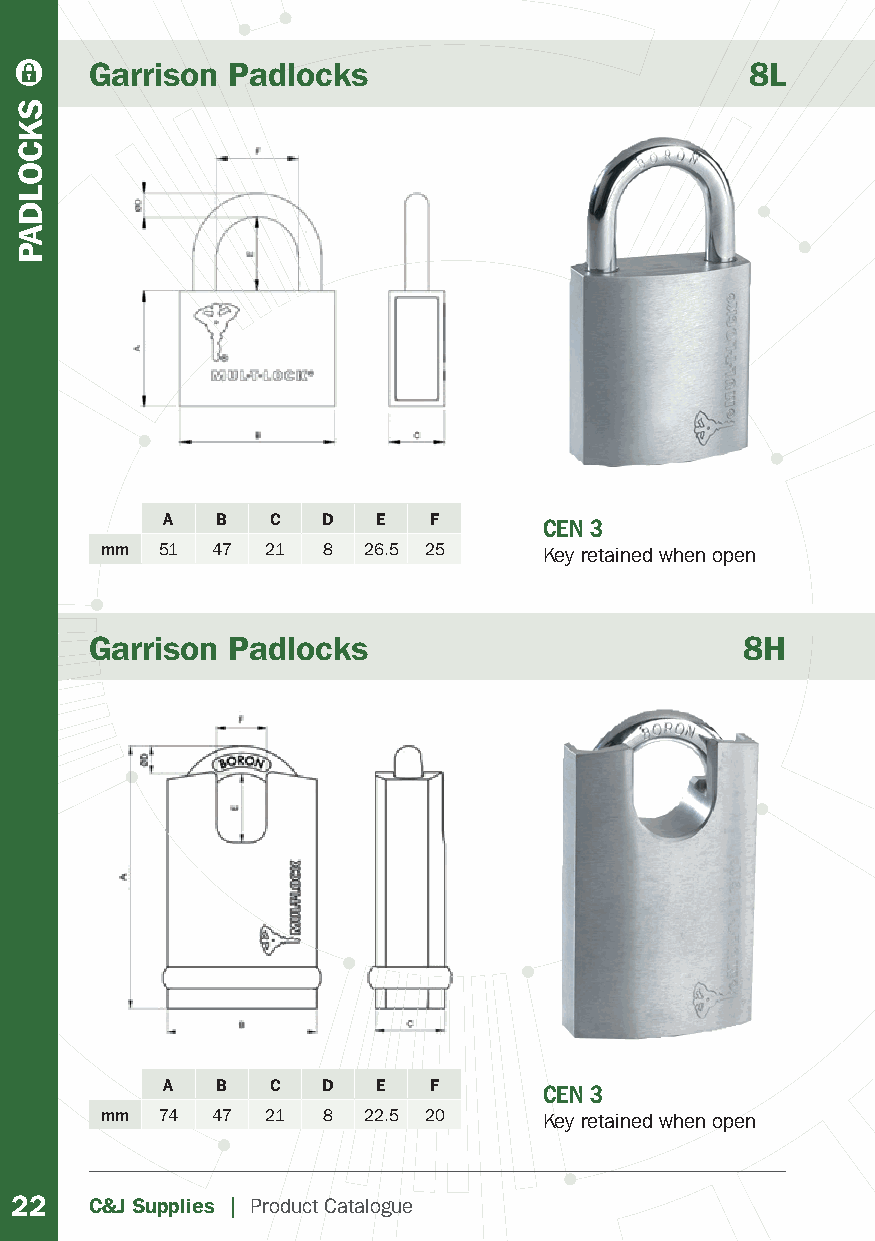
Garrison Padlocks                           8L
 A  B   C  D   E  F       CEN 3
 mm 51  47  21 8  26.5 25     Key retained when open
 Garrison Padlocks                          8H
 A  B   C  D   E  F       CEN 3
 mm 74  47  21 8  22.5 20     Key retained when open
 22   C&J Supplies | Product Catalogue
 SKCOLDAP